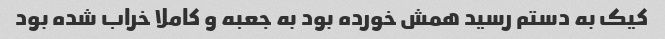
کیک به دستم رسید همش خورده بود به جعبه و کاملا خراب شده بود